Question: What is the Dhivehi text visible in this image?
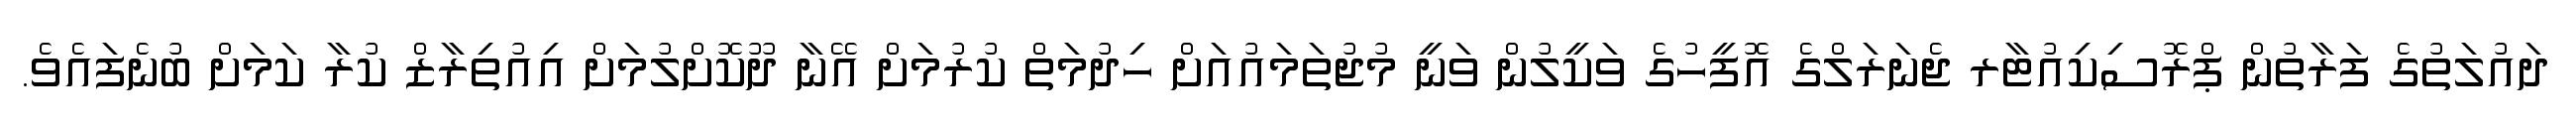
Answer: ދައުލަތުގެ ފަރާތުން ޕްރޮސިކިއުޓާރ ޖެނަރަލްގެ އޮފީހުގެ ވަކީލުން ވަނީ މުޖުތަމައުއަށް ހިދުމަތް ކުރުމަށް އޭނާ ދޫކޮށްލުމަށް އިއުތިރާޒް ކުރާ ކަމަށް ބުނެފައެވެ.